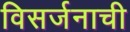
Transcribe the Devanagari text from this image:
विसर्जनाची